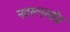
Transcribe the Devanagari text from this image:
नवरत्नस्तोत्र